Report on sanitation, dispensaries, and jails in Rajputana for 1914, and on vaccination for the year 1914-1915 - 1914-1915
Year: 1914
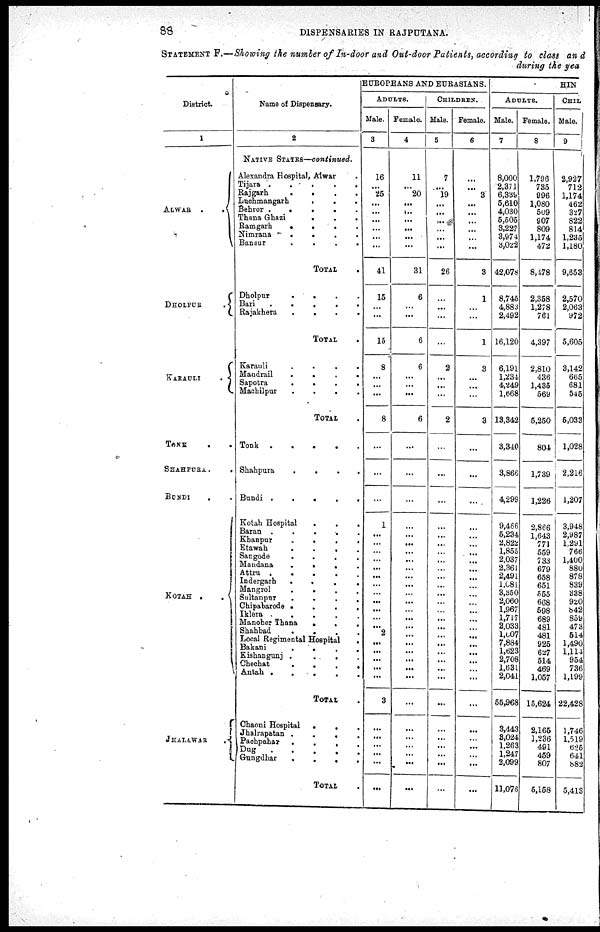
88
DISPENSARIES IN RAJPUTANA.
STATEMENT F.—Showing the number of In-door and Out-door Patients, according to class and
during the yea
District.
1
ALWAR .
.
DHOLPUR
.
KARAULI
.
TONK
SHAHPURA.
BUNDI
. .
KOTAH .
.
JHALAWAR.
Name of Dispensary.
2
NATIVE STATES—continued.
Alexandra Hospital, Alwar .
Tijara .
.
.
.
.
.
Rajgarh
.
.
.
.
Luchmangarh
. . .
Behror
.
.
. . .
Thana Ghazi
. . .
Ramgarh
.
.
.
.
Nimrana
.
.
. .
Bansur
. . . .
TOTAL .
Dholpur
. . . .
Bari
. . . . .
Rajakhera
. . . .
TOTAL .
Karauli
.
.
.
.
Mandrail
.
.
.
.
Sapotra
.
.
.
.
Machilpur
. . . .
TOTAL .
Tonk .
.
.
.
.
Shahpura
. . . .
Bundi
.
.
. . .
Kotah Hospital . . .
Baran .
.
.
.
.
Khanpur
.
.
.
.
Etawah
. . . .
Sangode
.
.
.
.
Mandana
.
. . .
Attru .
.
.
.
.
Indergarh
.
.
.
.
Mangrol
.
.
.
.
Sultanpnr
.
.
.
.
Chipabarode .
.
.
.
Iklera
. . . .
Manoher Thana
.
. .
Shahbad
. . . .
Local Regimental Hospital .
Bakani
.
.
. .
Kishangunj
. . . .
Chechat
.
.
.
.
Antah . . . . .
TOTAL .
Chaoni Hospital
.
. . .
Jhalrapatan
. . . .
Pachpahar
.
.
.
.
Dug
.
.
.
.
.
Gungdhar
.
.
.
.
TOTAL .
EUROPEANS AND EURASIANS.
ADULTS.
Male.
3
16
...
25
...
...
...
...
...
...
41
15
...
...
15
8
...
...
...
8
...
...
...
1
...
...
...
...
...
...
...
...
...
...
...
...
2
...
...
...
...
...
3
...
...
...
...
...
...
Female.
4
11
...
20
...
...
...
...
...
...
31
6
...
...
6
6
...
...
...
6
...
...
...
...
...
...
...
...
...
...
...
...
...
...
...
...
...
...
...
...
...
...
...
...
...
...
...
...
...
CHILDREN.
Male.
5
7
...
19
...
...
...
...
...
...
26
...
...
...
...
2
...
...
...
2
...
...
...
...
...
...
...
...
...
...
...
...
...
...
...
...
...
...
...
...
...
...
...
...
...
...
...
...
...
Female.
6
...
...
3
...
...
...
...
...
...
3
1
...
...
1
3
...
...
...
3
...
...
...
...
...
...
...
...
...
...
...
...
...
...
...
...
...
...
...
...
...
...
...
...
...
...
...
...
...
HIN
ADULTS.
Male.
7
8,000
2,371
6,339
5,610
4,030
5,505
3,227
3,974
3,022
42,078
8,745
4,883
2,492
16,120
6,191
1,234
4,249
1,668
13,342
3,340
3,866
4,299
9,466
5,234
2,822
1,855
2,037
2,361
2,491
1,081
3,350
2,060
1,967
1,717
2,033
1,007
7,884
1,623
2,708
1,631
2,041
55,968
3,443
3,024
1,263
1,247
2,099
11,076
Female.
8
1,796
735
996
1,080
509
907
809
1,174
472
8,478
2,358
1,278
761
4,397
2,810
436
1,435
569
5,250
804
1,739
1,226
2,866
1,643
771
559
733
679
658
651
555
668
598
689
481
481
925
627
514
469
1,057
15,624
2,165
1,236
491
459
807
5,158
CHIL
Male.
9
2,927
712
1,174
462
327
822
814
1,235
1,180
9,653
2,570
2,063
972
5,605
3,142
665
681
545
5,033
1,028
2,216
1,207
3,948
2,987
1,291
766
1,400
880
878
839
338
920
842
859
473
514
1,490
1,114
954
736
1,199
22,428
1,746
1,519
625
641
882
5,413